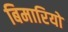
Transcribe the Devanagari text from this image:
बिमारियो